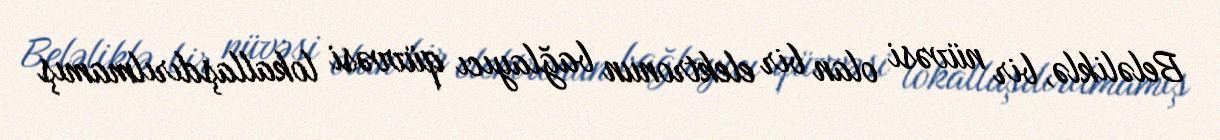
Beləliklə, bir nüvəsi olan bir elektronun bağlayıcı qüvvəsi lokallaşdırılmamış